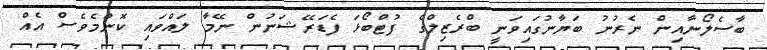
ބާސެލޯނާއިން ނެރުނު ބަޔާނުގައިވަނީ ބްރެޒިލްގެ ފުޓްބޯޅަ ފެޑަރޭޝަނުން ނޭމާ ލައްވައި ކޮންމެވެސް އެއް